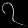
Digit: ၇